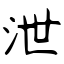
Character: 泄